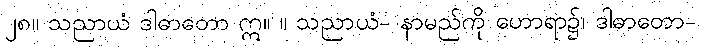
၂၈။ သညာယံ ဒါဓာတော ဣ။ ။ သညာယံ- နာမည်ကို ဟောရာ၌၊ ဒါဓာတော-